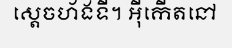
ស្តេចហ័ងទី។ អ៊ីកើតនៅ